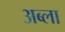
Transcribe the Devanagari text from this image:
अब्ला